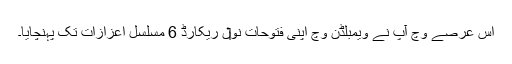
اس عرصے وچ آپ نے ویمبلڈن وچ اپنی فتوحات نو‏‏ں ریکارڈ 6 مسلسل اعزازات تک پہنچایا۔